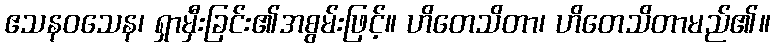
ဧသနဝသေန၊ ရှာမှီးခြင်း၏အစွမ်းဖြင့်။ ဟိတေသိတာ၊ ဟိတေသိတာမည်၏။